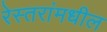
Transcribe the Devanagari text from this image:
रेस्तरांमधील